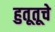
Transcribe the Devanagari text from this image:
हुतूतूचे